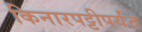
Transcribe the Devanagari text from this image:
किनारपट्टीपर्यंत